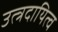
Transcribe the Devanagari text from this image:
उत्त्रदायित्व